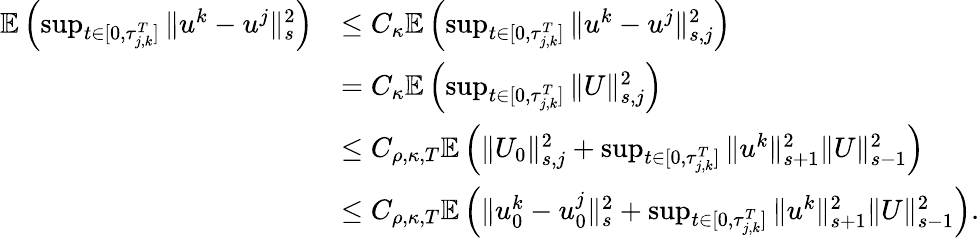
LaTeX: \begin{array}{rl}{\mathbb E\left(\operatorname*{sup}_{t\in[0,\tau_{j,k}^{T}]}\| u^{k}-u^{j}\| _{s}^{2}\right)}&{\leq C_{\kappa}\mathbb E\left(\operatorname*{sup}_{t\in[0,\tau_{j,k}^{T}]}\| u^{k}-u^{j}\| _{s,j}^{2}\right)}\\ &{=C_{\kappa}\mathbb E\left(\operatorname*{sup}_{t\in[0,\tau_{j,k}^{T}]}\| U\| _{s,j}^{2}\right)}\\ &{\leq C_{\rho,\kappa,T}\mathbb E\left(\| U_{0}\| _{s,j}^{2}+\operatorname*{sup}_{t\in[0,\tau_{j,k}^{T}]}\| u^{k}\| _{s+1}^{2}\| U\| _{s-1}^{2}\right)}\\ &{\leq C_{\rho,\kappa,T}\mathbb E\left(\| u_{0}^{k}-u_{0}^{j}\| _{s}^{2}+\operatorname*{sup}_{t\in[0,\tau_{j,k}^{T}]}\| u^{k}\| _{s+1}^{2}\| U\| _{s-1}^{2}\right).}\end{array}